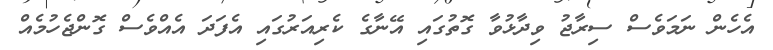
އެހެން ނަމަވެސް ސިރާޖު ވިދާޅުވާ ގޮތުގައި އޭނާގެ ކެރިއަރުގައި އެފަދަ އެއްވެސް ގޮންޖެހުމެއް